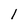
Character: l